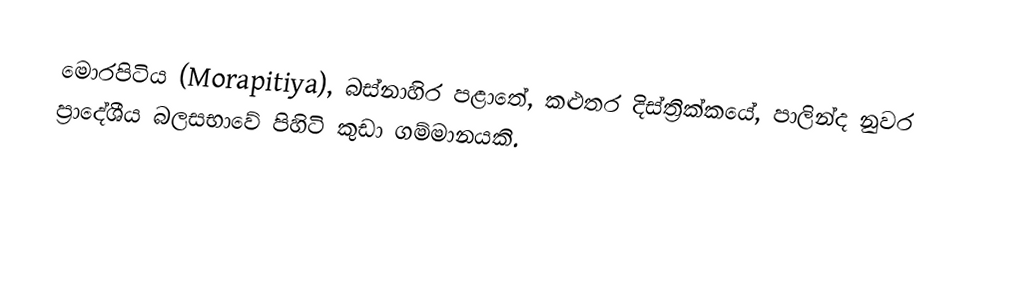
මොරපිටිය (Morapitiya), බස්නාහිර පළාතේ, කළුතර දිස්ත්‍රික්කයේ, පාලින්ද නුවර ප්‍රාදේශීය බලසභාවේ පිහිටි කුඩා ගම්මානයකි.